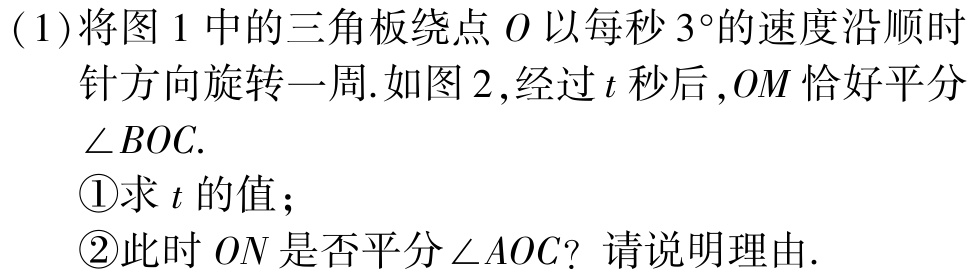
(1)将图1中的三角板绕点\(O\)以每秒\(3^{\circ}\)的速度沿顺时针方向旋转一周.如图2,经过\(t\)秒后,\(OM\)恰好平分\(\angle BOC\).

\textcircled{1}求\(t\)的值；

\textcircled{2}此时\(ON\)是否平分\(\angle AOC\)? 请说明理由.